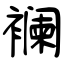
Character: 襕